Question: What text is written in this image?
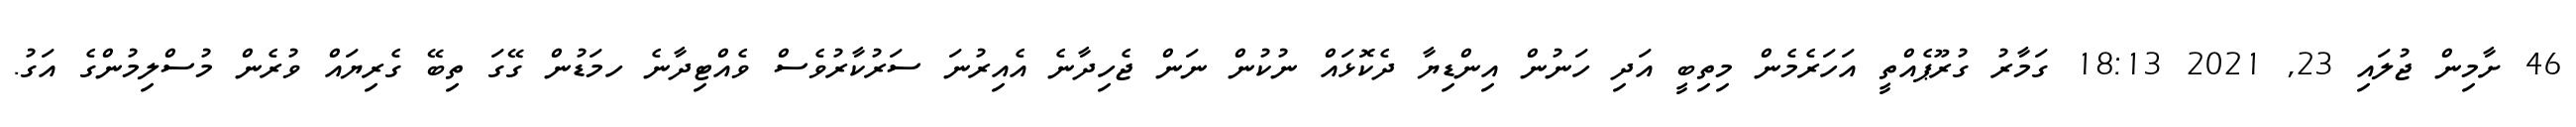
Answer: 46 ށާމިން ޖުލައި 23, 2021 18:13 ގަމާރު ގުރޫޕެއްތީ އަހަރެމެން މިތިބީ އަދި ހަނުން އިންޑިޔާ ދެކޮޅައް ނުކުން ނަން ޖެހިދާނެ އެއިރުނަ ސަރުކާރުވެސް ވެއްޓިދާނެ ހމަޑުން ގޭގަ ތިބޭ ގެރިޔައް ވުރެން މުސްލިމުންގެ އަގު.